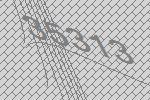
35313